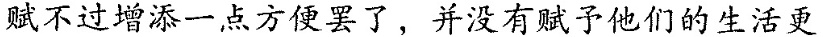
赋不过增添一点方便罢了，并没有赋予他们的生活更